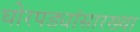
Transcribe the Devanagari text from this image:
घोरपड्यांसारख्या